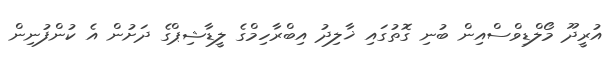
އުރީދޫ މޯލްޑިވްސްއިން ބުނި ގޮތުގައި ޚާލިދު އިބްރާހިމްގެ ލީޑާޝިޕްގެ ދަށުން އެ ކުންފުނިން